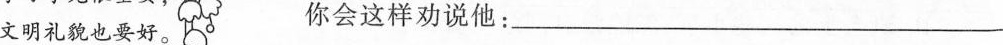
文明礼貌也要好。你会这样劝说他：___